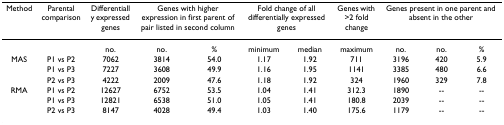
<table><thead><tr><td><b>Method</b></td><td><b>Parental comparison</b></td><td><b>Differentially expressed genes</b></td><td colspan="2"><b>Genes with higher expression in first parent of pair listed in second column</b></td><td colspan="2"><b>Fold change of all differentially expressed genes</b></td><td><b>Genes with &gt;2 fold change</b></td><td colspan="3"><b>Genes present in one parent and absent in the other</b></td></tr></thead><tbody><tr><td></td><td></td><td>no.</td><td>no.</td><td>%</td><td>minimum</td><td>median</td><td>maximum</td><td>no.</td><td>no.</td><td>%</td></tr><tr><td>MAS</td><td>P1 vs P2</td><td>7062</td><td>3814</td><td>54.0</td><td>1.17</td><td>1.92</td><td>711</td><td>3196</td><td>420</td><td>5.9</td></tr><tr><td></td><td>P1 vs P3</td><td>7227</td><td>3608</td><td>49.9</td><td>1.16</td><td>1.95</td><td>1141</td><td>3385</td><td>480</td><td>6.6</td></tr><tr><td></td><td>P2 vs P3</td><td>4222</td><td>2009</td><td>47.6</td><td>1.18</td><td>1.92</td><td>324</td><td>1960</td><td>329</td><td>7.8</td></tr><tr><td>RMA</td><td>P1 vs P2</td><td>12627</td><td>6752</td><td>53.5</td><td>1.04</td><td>1.41</td><td>312.3</td><td>1890</td><td>--</td><td>--</td></tr><tr><td></td><td>P1 vs P3</td><td>12821</td><td>6538</td><td>51.0</td><td>1.05</td><td>1.41</td><td>180.8</td><td>2039</td><td>--</td><td>--</td></tr><tr><td></td><td>P2 vs P3</td><td>8147</td><td>4028</td><td>49.4</td><td>1.03</td><td>1.40</td><td>175.6</td><td>1179</td><td>--</td><td>--</td></tr></tbody></table>